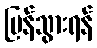
ပြန်သွားရန်